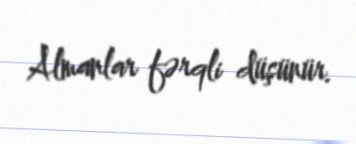
Almanlar fərqli düşünür.